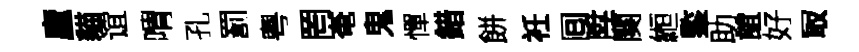
廬貓谊喟孔罰粤罔奄鬼憚錯餅衽囘陞闋縆鍳助誼好冣